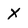
Character: X